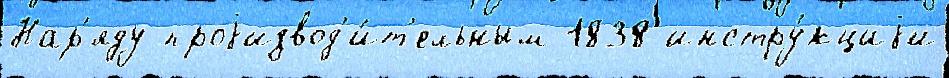
Нар'яду проjизвод'и́т'ельным 1838 инстру́кциjи